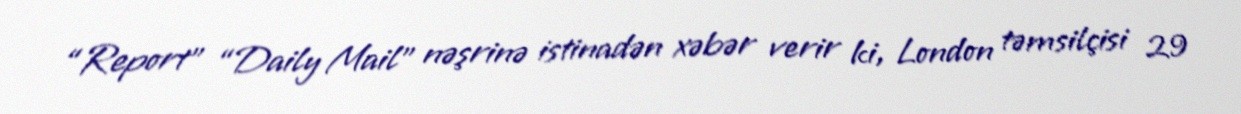
“Report” “Daily Mail” nəşrinə istinadən xəbər verir ki, London təmsilçisi 29